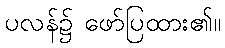
ပလန်၌ ဖော်ပြထား၏။